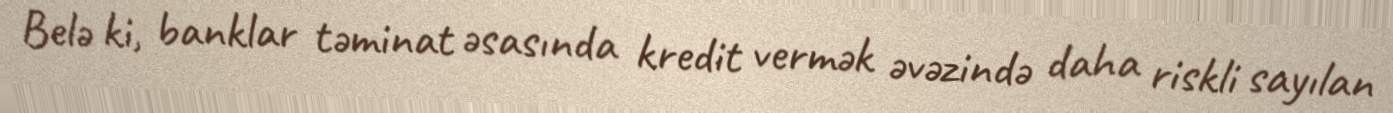
Belə ki, banklar təminat əsasında kredit vermək əvəzində daha riskli sayılan